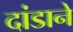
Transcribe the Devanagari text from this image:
दांडाने